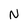
Character: N